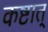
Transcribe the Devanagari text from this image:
कष्टात्